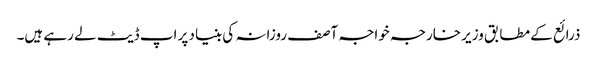
ذرائع کے مطابق وزیر خارجہ خواجہ آصف روزانہ کی بنیاد پر اپ ڈیٹ لے رہے ہیں۔